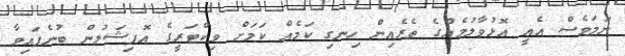
ނަމަވެސް އެއީ އޮޅުވާލުމެއްގެ ތެރެއިން ހިނގި ކަމެއް ކަމަށް ވިކްޓަރީގެ އޮފިޝަލުން ބުނެފައިވާ